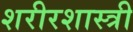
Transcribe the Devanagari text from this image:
शरीरशास्त्री